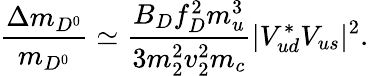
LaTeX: {\frac{\Delta m_{D^{0}}}{m_{D^{0}}}}\simeq{\frac{B_{D}f_{D}^{2}m_{u}^{3}}{3m_{2}^{2}v_{2}^{2}m_{c}}}|V_{ud}^{*}V_{us}|^{2}.